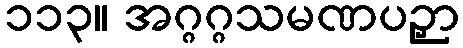
၁၁၃။ အဂ္ဂဂ္ဂသမဏပဉှာ